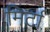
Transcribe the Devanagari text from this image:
मिर्टा